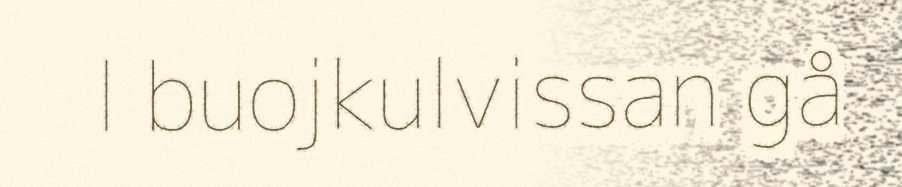
l buojkulvissan gå